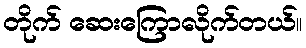
တိုက် ဆေးကြောလိုက်တယ်။